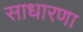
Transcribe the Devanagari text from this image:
साधारणा